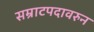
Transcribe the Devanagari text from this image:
सम्राटपदावरुन